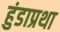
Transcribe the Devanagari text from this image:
हुंडाप्रथा